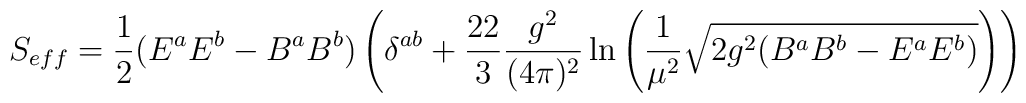
S_{eff}=\frac{1}{2}(E^aE^b-B^aB^b)\left(\delta^{ab}+\frac{22}{3}\frac{g^2}{(4\pi)^2}\ln\left(\frac{1}{\mu^2}\sqrt{2g^2(B^aB^b-E^aE^b)}\right)\right)